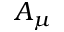
A _ { \mu }